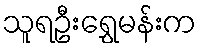
သူရဦးရွှေမန်းက